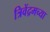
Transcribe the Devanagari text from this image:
त्रिवेंद्रमच्या